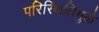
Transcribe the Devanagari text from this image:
परिस्थितिमुळे